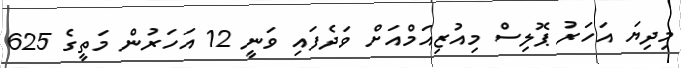
މިދިޔަ އަހަރު ޕޮލިސް މިއުޒިއަމްއަށް ވަދެފައި ވަނީ 12 އަހަރުން މަތީގެ 625